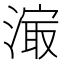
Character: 𰜼